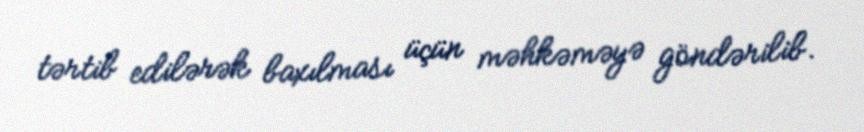
tərtib edilərək baxılması üçün məhkəməyə göndərilib.